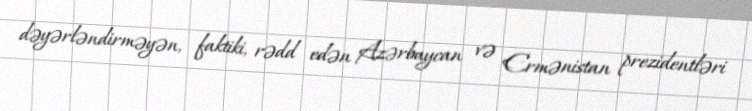
dəyərləndirməyən, faktiki, rədd edən Azərbaycan və Ermənistan prezidentləri